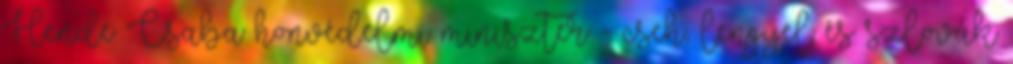
Hende Csaba honvédelmi miniszter - cseh, lengyel és szlovák